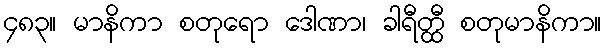
၄၈၃။ မာနိကာ စတုရော ဒေါဏာ၊ ခါရီတ္ထီ စတုမာနိကာ။